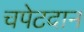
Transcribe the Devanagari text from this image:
चपेटदान